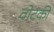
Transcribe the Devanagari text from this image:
वोटकी